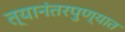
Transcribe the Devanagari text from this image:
त्यानंतरपुण्यात